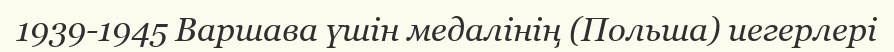
1939-1945 Варшава үшін медалінің (Польша) иегерлері